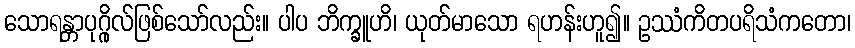
သောရန္တာပုဂ္ဂိုလ်ဖြစ်သော်လည်း။ ပါပ ဘိက္ခူဟိ၊ ယုတ်မာသော ရဟန်းဟူ၍။ ဥဿံကိတပရိသံကတော၊